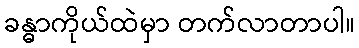
ခန္ဓာကိုယ်ထဲမှာ တက်လာတာပါ။